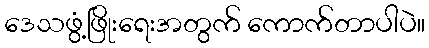
ဒေသဖွံ့ဖြိုးရေးအတွက် ကောက်တာပါပဲ။